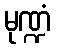
မုဏ္ဍံ